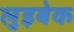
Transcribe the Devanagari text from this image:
लुइबेक